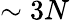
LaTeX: \sim 3N